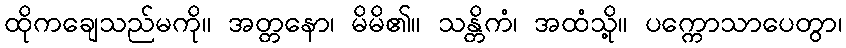
ထိုကချေသည်မကို။ အတ္တနော၊ မိမိ၏။ သန္တိကံ၊ အထံသို့။ ပက္ကောသာပေတွာ၊